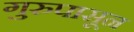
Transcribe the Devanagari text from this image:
गुरुपासून